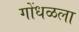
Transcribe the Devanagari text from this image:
गोंधळला